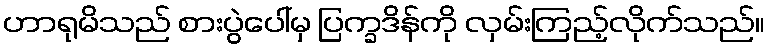
ဟာရုမိသည် စားပွဲပေါ်မှ ပြက္ခဒိန်ကို လှမ်းကြည့်လိုက်သည်။